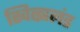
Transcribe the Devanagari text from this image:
स्वित्झलंड